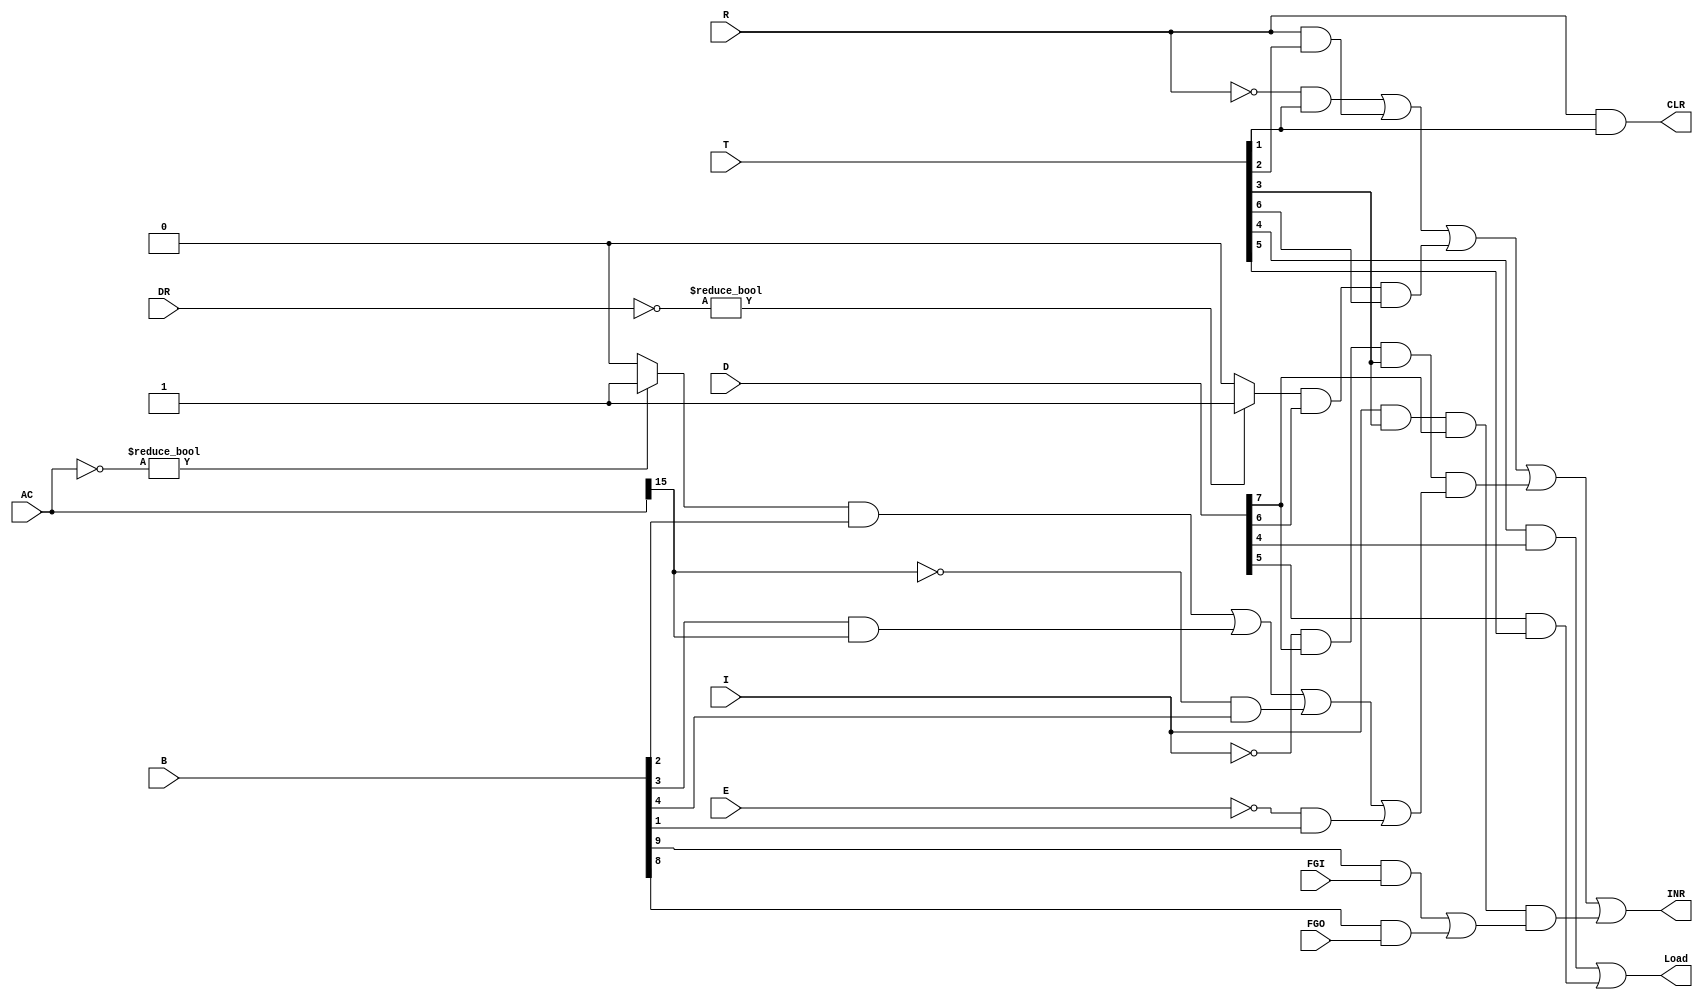
module PC_Control(CLR, INR, Load, R, I, T, D, DR, AC, B, FGI, FGO, E);

	output CLR, INR, Load;
	input R, I, FGI, FGO, E;
	input [7:0] T, D;
	input [15:0] B;
	input [15:0] DR, AC;

	assign Rn= ~R;
	assign In= ~I;
	assign AC15n=~AC[15];
	assign En=~E;
	assign a1= Rn & T[1];
	assign CLR= R & T[1];
	assign a3= R & T[2];
	assign p= I & T[3] & D[7];
	assign r= In & D[7] & T[3];

	wire eqdr, egac;

	assign DrCompare = (~DR ? 1'b1 : 1'b0);
   	assign AcCompare = (~AC ? 1'b1 : 1'b0);
	assign a6 = DrCompare & D[6] & T[6];
	assign a7 = AcCompare & B[2];
	assign a8 = B[3] & AC[15];
	assign a9 = AC15n & B[4];
	assign a10 = En & B[1];
	assign o1 = a7 | a8 | a9 | a10;
	assign a11 = r & o1;
	assign a12 = B[9] & FGI;
	assign a13 = B[8] & FGO;
	assign o2 = a12 | a13;
	assign a14 = p & o2;
	assign a15 = T[4] & D[4];
	assign a16 = D[5] & T[5]; 
	assign Load = a15 | a16;
	assign INR = a1 | a3 | a6 | a11 | a14;
	
endmodule